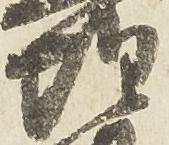
惶